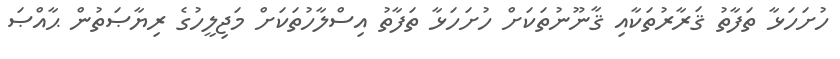
ހުށަހަޅާ ތަފާތު ޤަރާރުތަކާއި ޤާނޫނުތަކަށް ހުށަހަޅާ ތަފާތު އިސްލާހުތަކަށް މަޖިލީހުގެ ރިޔާޞަތުން ޙާއްޞަ